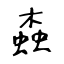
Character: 螙